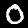
Label: 0